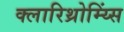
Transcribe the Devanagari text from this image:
क्लारिथ्रोम्य्सिं